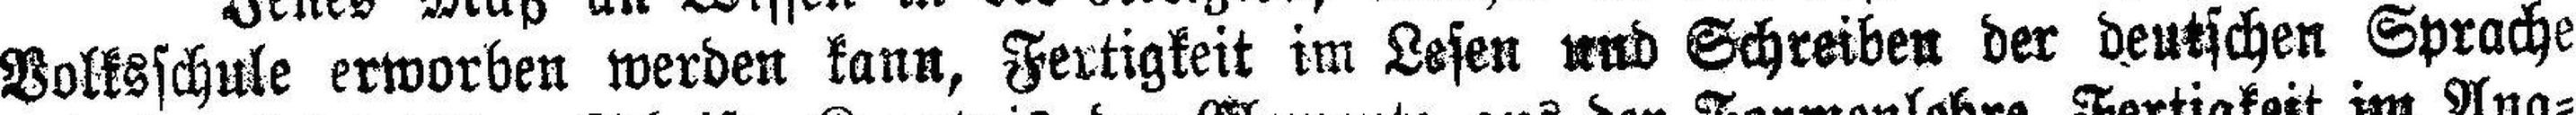
Volksschule erworben werden kann, Fertigkeit im Lesen und Schreiben der deutschen Sprache